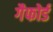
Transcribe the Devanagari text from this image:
गैफोर्ड